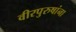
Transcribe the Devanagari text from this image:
वीरपुरुषांना